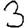
Digit: 3